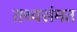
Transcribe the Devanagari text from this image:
तथ्यसंमत